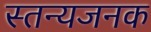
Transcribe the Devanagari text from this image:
स्तन्यजनक